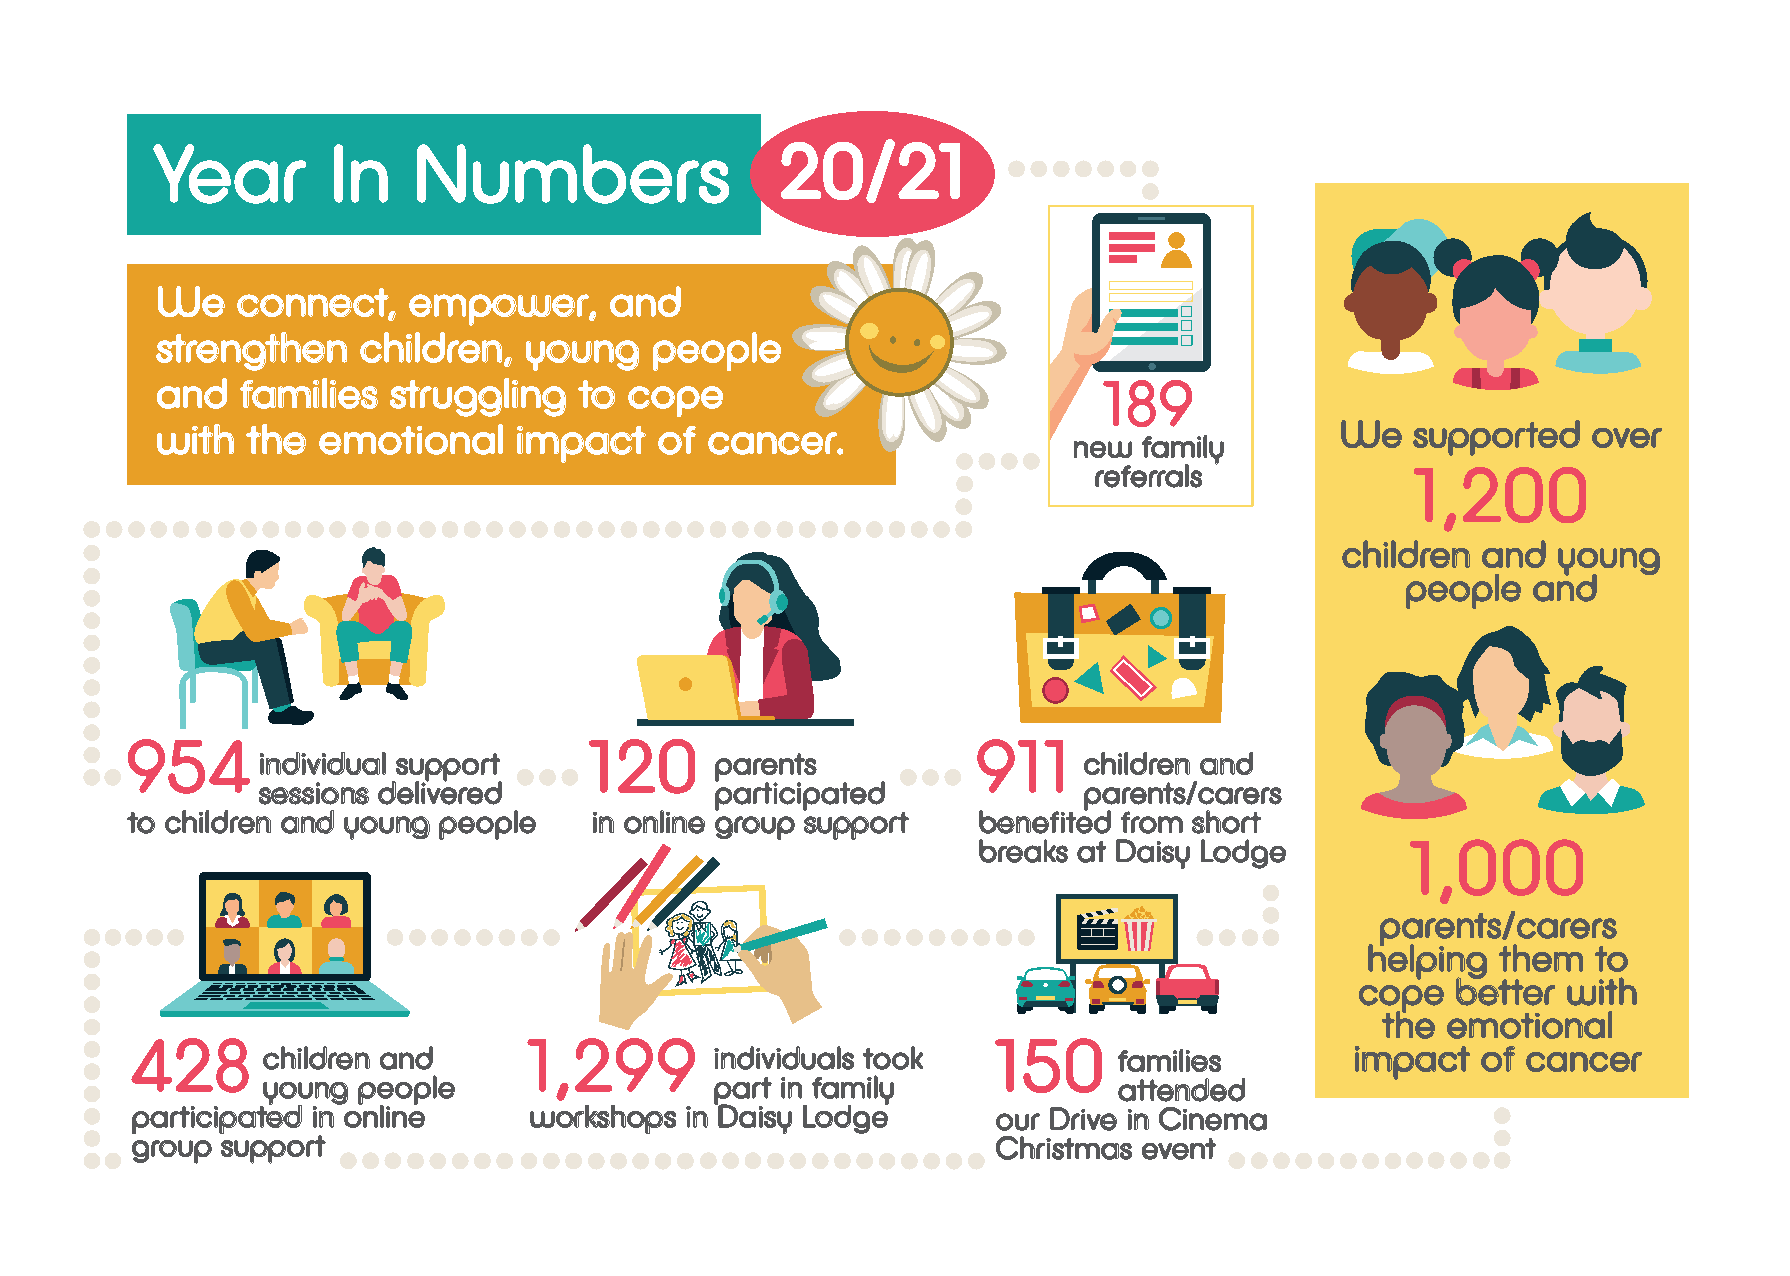
Year        In   Numbers                  20/21
 We    connect,   empower,     and
 strengthen    children,  young   people
 and   families  struggling  to  cope                           189
 with  the  emotional    impact    of cancer.                                   We   supported  over
 new  family
 referrals             1,200
 children and  young
 people  and
 954                            120                       911
 individual support            parents                  children and
 sessions delivered            participated             parents/carers
 to children and young people   in online group support   benefited from short
 1,000
 breaks at Daisy Lodge
 parents/carers
 helping  them   to
 cope  better  with
 the  emotional
 428                       1,299                          150
 children and                  individuals took           families        impact  of cancer
 young  people                 part in family             attended
 participated in online    workshops in Daisy Lodge       our Drive in Cinema
 group support                                            Christmas event